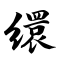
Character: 缳